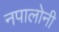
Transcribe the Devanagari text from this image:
नपालोनी